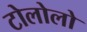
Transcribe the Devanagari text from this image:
टोलोलो